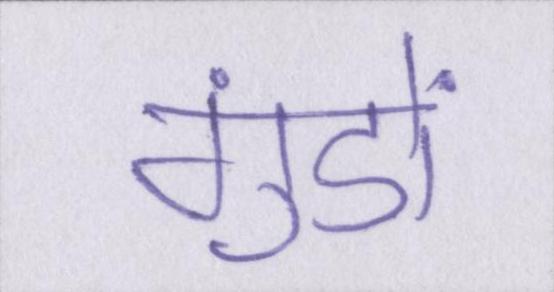
गुंडों